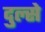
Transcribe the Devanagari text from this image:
दुल्से